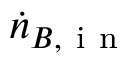
\dot { n } _ { B , \mathrm { ~ i ~ n ~ } }